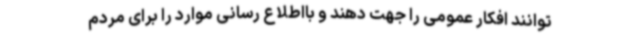
توانند افکار عمومی را جهت دهند و بااطلاع رسانی موارد را برای مردم